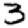
Digit: 3